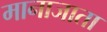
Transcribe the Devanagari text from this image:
मानाजाता